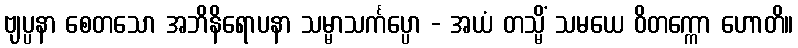
ဗျပ္ပနာ စေတသော အဘိနိရောပနာ သမ္မာသင်္ကပ္ပော - အယံ တသ္မိံ သမယေ ဝိတက္ကော ဟောတိ။